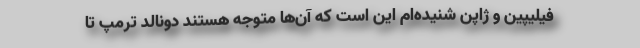
فیلیپین و ژاپن شنیده‌ام این است که آن‌ها متوجه هستند دونالد ترمپ تا